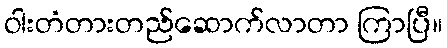
ဝါးတံတားတည်ဆောက်လာတာ ကြာပြီ။